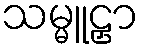
သမ္မူဠှာ